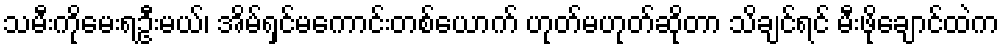
သမီးကိုမေးရဦးမယ်၊ အိမ်ရှင်မကောင်းတစ်ယောက် ဟုတ်မဟုတ်ဆိုတာ သိချင်ရင် မီးဖိုချောင်ထဲက